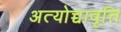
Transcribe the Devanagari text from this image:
अत्योच्चावृत्ति